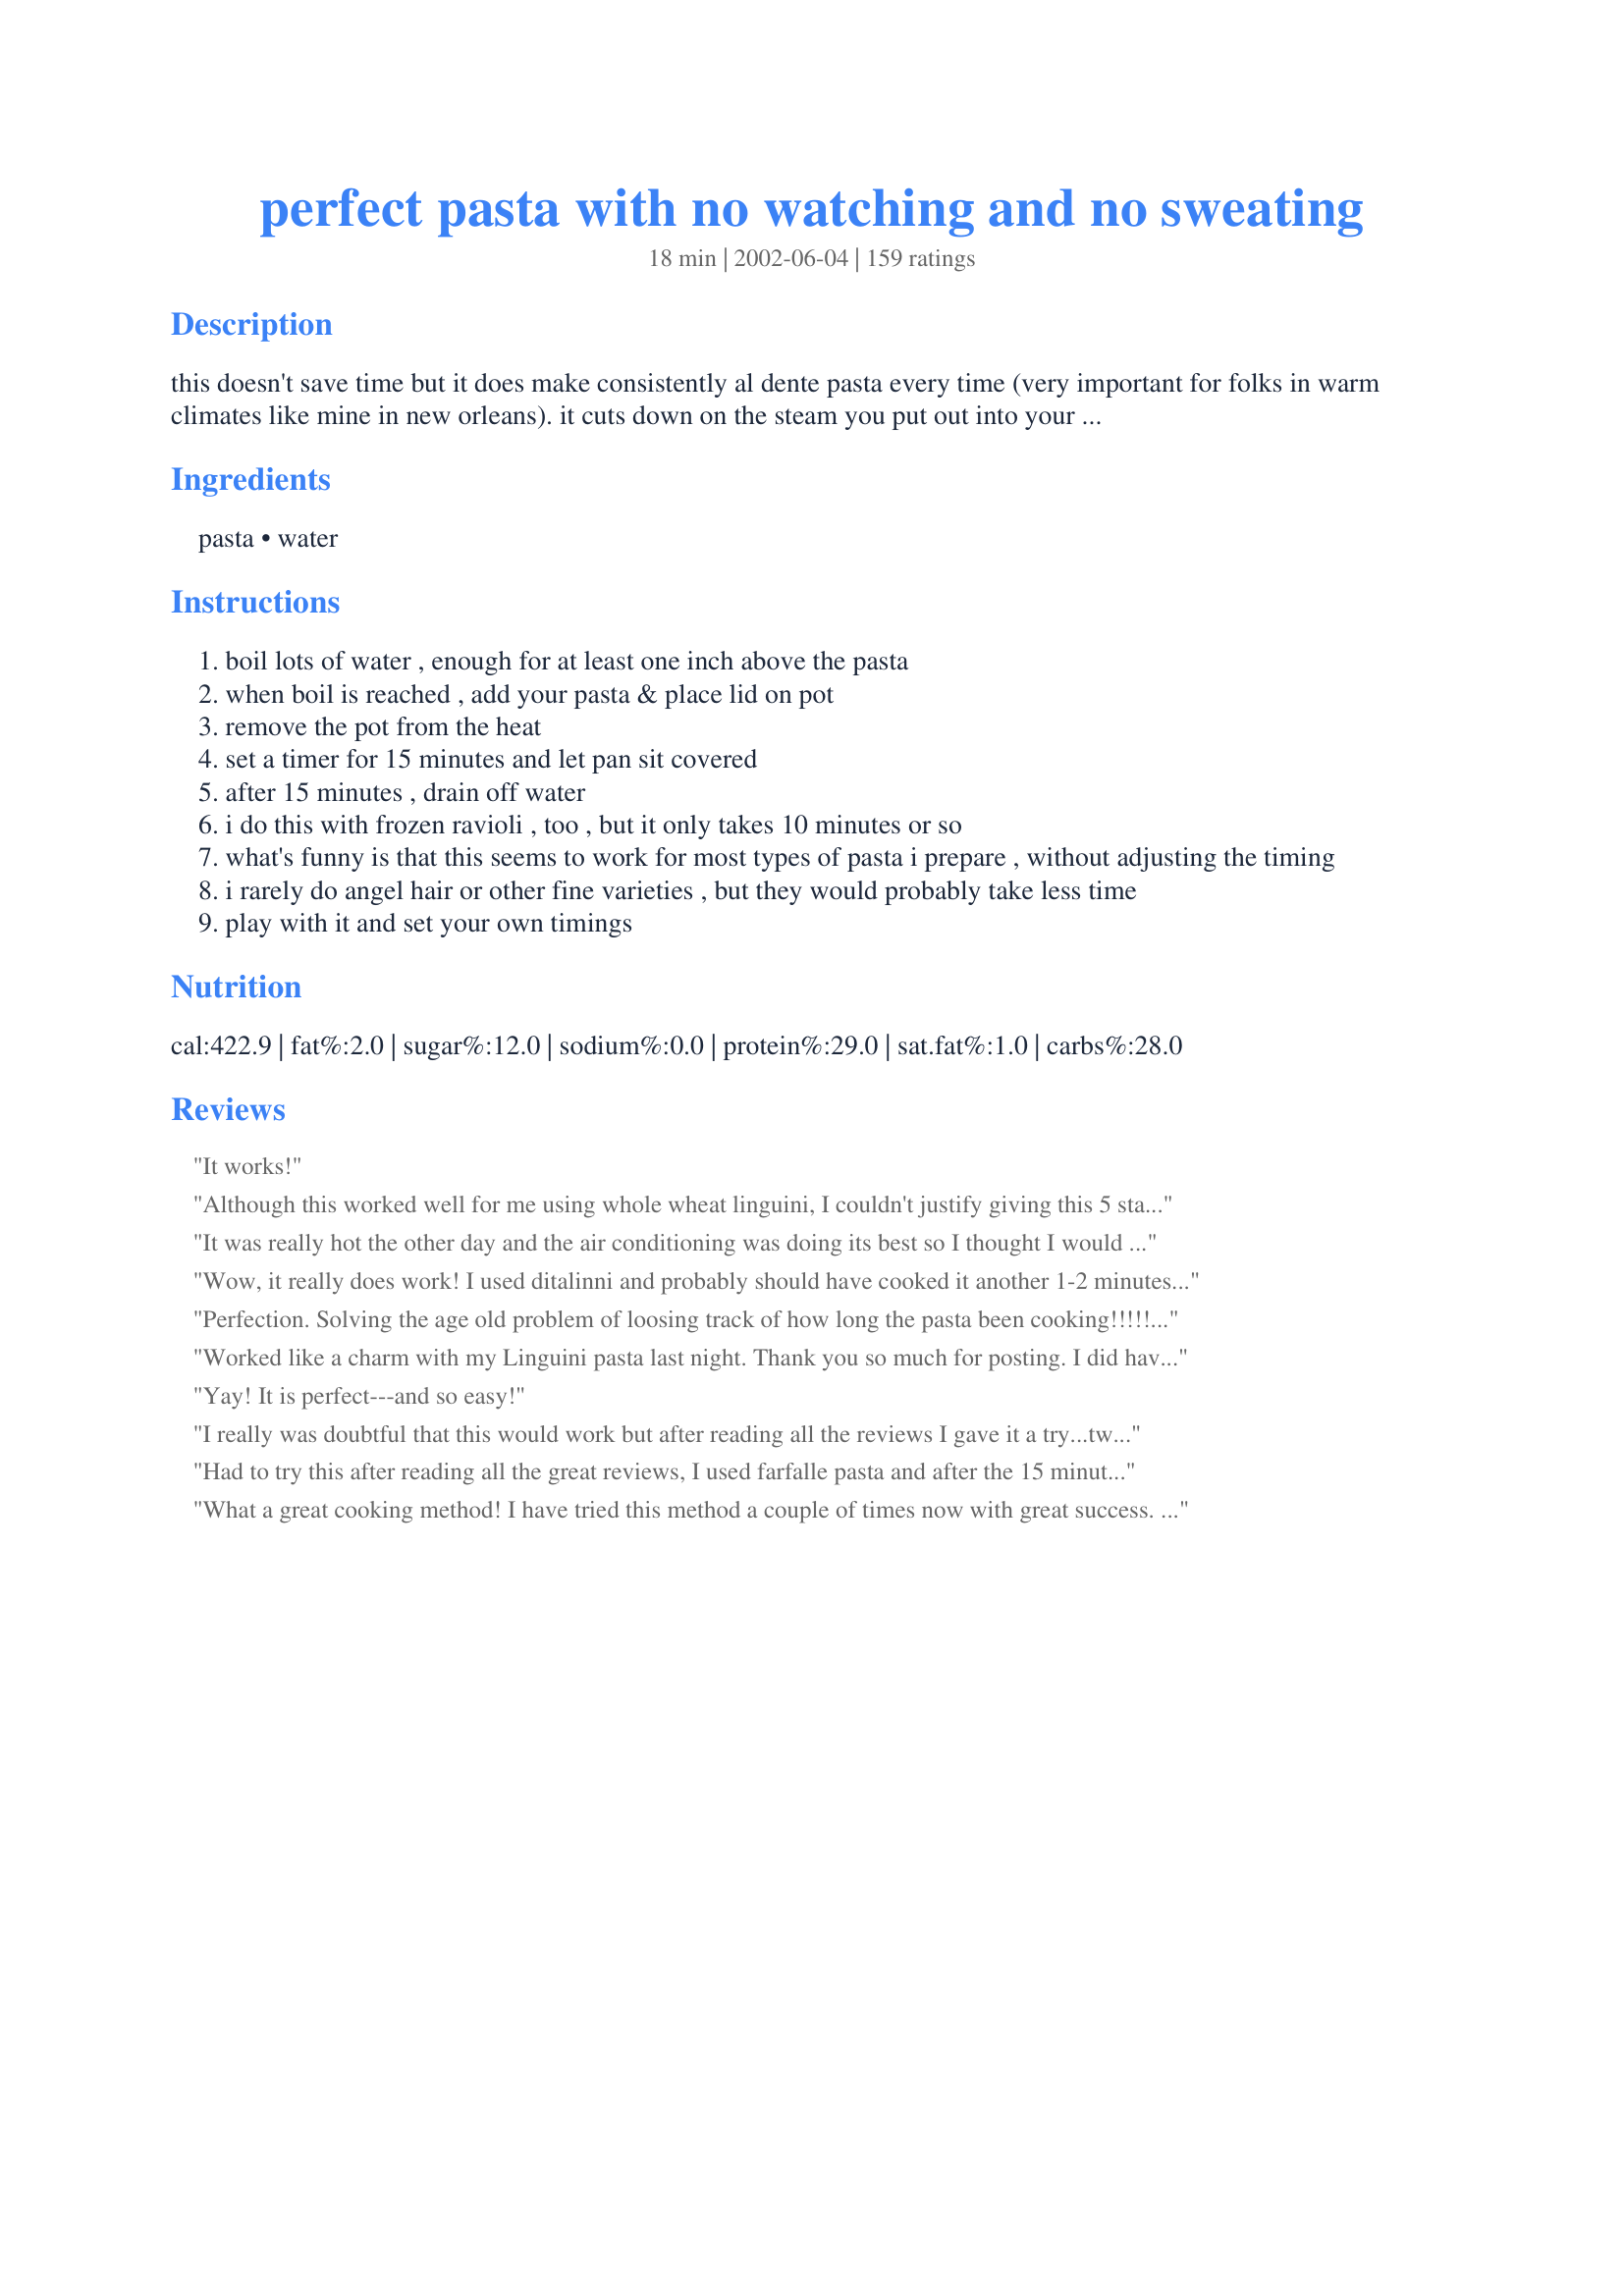
perfect pasta with no watching and no sweating
Preparation time: 18 minutes

this doesn't save time but it does make consistently al dente pasta every time (very important for folks in warm climates like mine in new orleans). it cuts down on the steam you put out into your kitchen.

Ingredients:
pasta, water

Steps:
boil lots of water , enough for at least one inch above the pasta
when boil is reached , add your pasta & place lid on pot
remove the pot from the heat
set a timer for 15 minutes and let pan sit covered
after 15 minutes , drain off water
i do this with frozen ravioli , too , but it only takes 10 minutes or so
what's funny is that this seems to work for most types of pasta i prepare , without adjusting the timing
i rarely do angel hair or other fine varieties , but they would probably take less time
play with it and set your own timings

Reviews:
It works!
Although this worked well for me using whole wheat linguini, I couldn't justify giving this 5 stars because it takes longer than boiling the pasta and doesn't really improve the taste at all. As far as I'm concerned, following the directions on the package works just as well if not better. Sorry!
It was really hot the other day and the air conditioning was doing its best so I thought I would give it a break and make my pasta this way. I used a whole wheat fortified rotini and this worked great. I forgot and left it on the burner just turned it off and it still worked out great. I will do this from now on. Thanks.
Wow, it really does work! I used ditalinni and probably should have cooked it another 1-2 minutes, but it's ok. I was a little confused at first with step 4 in the directions (and it seems I was the only one who was!) I guess I read it too literally and thought I had to drain the water immediately after setting the timer. In my opinion, I guess it should read 'Let sit for 15 minutes then drain water.' However, I am truly amazed that it didn't stick at all. This not only saves on sweating or watching, it also saves on energy!
Perfection. Solving the age old problem of loosing track of how long the pasta been cooking!!!!! You're a genius!
Worked like a charm with my Linguini pasta last night. Thank you so much for posting. I did have a hard time with this as my DH was SURE it would not work and kept opening the lid to check it - telling me "we've GOT to cook it more" Was he surprised when it came out perfect even with all his interuptions. Can't wait to do this again WITHOUT his help.
Yay! It is perfect---and so easy!
I really was doubtful that this would work but after reading all the reviews I gave it a try...twice...just to be sure the first try wasn't a fluke. Well, it wasn't a fluke. It does work and quite well. Both my spaghetti and rotini came out perfect. This will be a huge help to me when we are camping in our travel trailer. Space is limited so any time I can free up a burner it is a real positive. Not to mention helping to keep the trailer cooler on those hot summer days. I'll be passing this tip on to my fellow campers. Thank you Margaret3 for the great idea!
Had to try this after reading all the great reviews, I used farfalle pasta and after the 15 minutes had a perfect al dente pasta. Thank you for posting!
What a great cooking method! I have tried this method a couple of times now with great success. How nice to not have to worry about your pasta water boiling over while you are busy preparing the sauce. If you follow the directions exactly, your pasta will come out perfect.
Add my name to the list of skeptics that did not believe this would work until I tried it - perfect!! Even though heating up the kitchen is not really an issue here in Wisconsin, this method is still so much easier. I did plain old spaghetti and I didn't even have to stir it! Thanks for posting!!
What a great idea! I tried it twice. First with elbow macaroni and then with tiny shells which took less time to cook than 15 minutes about 7-8 minutes. I did add a little oil and salt to my water before adding the pasta and everything worked out fine. Sure will be nice to free up a burner on busy occations. Thank you.
Wonderful idea! I did this for Macaroni and Cheese for the Crock Pot. While I was waiting for the mac to be done I mixed up the cheese and sauce and had it in the pt in less than 15 minutes.
I needed a pound of macaroni for another recipe so thought I would give this a try. I used Dreamfield pasta and followed the recipe exactly. The pasta did cook up nicely but mine did stick some. I will be trying this with other pastas. This was such a time saver for me as I made the pasta, set it aside and made other things for dinner. When the timer went off, I was able to use the macaroni. I didn't have to sweat over the pot or stir it. I will be using this method in the future.
Great ,great, great, What more can I say LOL I have been doing rice this way for years but never thought to do pasta!! Tried egg noodles this way last night & yes...... It's the only way I'll be cooking pasta in the future. Thanks so much for posting.. :)
Why had I never thought of this before? Why have I never heard of this before? This is great. The only method I use now when cooking pasta! Thanks!
I thried this with angel hair whole wheat pasta for 10 minutes and it was perfect al dente.

Can't wait to try it with other types of pasta.
I LOVE This idea so much that I've had it in my 'Zaar cookbook for a couple of years now and just had to double-check on the time...well, and also to make sure that others are beneiting from this great help.

Thanks so much for posting it!
I have always cooked my angel hair pasta this way, but never thought about using this method for other types of pasta. Thanks for posting this. I will definately be trying it with other pastas.
Thank you so much for posting this terrific recipe. It truly is perfect pasta. This is the only method I use to cook pasta now. I have always cooked hard-boiled eggs using this method, adding salt to the water to make the eggs easier to peel (tip from a friend), and let them stand for 20 minutes to make sure they are done because I use large eggs. Wow, I cooked rice for making cabbage rolls with this method and it worked terrific! I measured 2 cups long grain raw rice (kind you usually cook 15 minutes), with 1 teaspoon salt, and 1 Tablespoon butter in a saucepan. Then I added 4 cups cold water, stirred, and brought it to a boil. Stirred again; covered with a tight-fitting lid. Removed from heat and allowed it to stand for 20 minutes. Uncovered it and allowed it to stand for five minutes. Fluffed it with a fork and placed it in a large mixing bowl with rest of cabbage roll ingredients. Terrific.
Wow! I was very skeptical this would produce edible pasta, but it does work. The only thing I found was that 15 min was too long for our tastes(pasta was too soft...). I checked it at 10-11 min and it was perfect for us. Thanks! Cooking pasta in Texas 100 degree heat is never something to look forward to. This helps alot.
I used this recipe to cook pasta shells. Worked like a charm! Thanks!
Margaret3...irrespective of how many other folk knew of this method...thank YOU sincerely for posting it here for those of us who have never heard of this ingenious approach.

Over the last few days I have been finding the heat nearly unbearable and not having to stand in front of a dementedly boiling pot of pasta was truly a wee slice of heaven.

Bless you.
Perfect!
This is such a great tip! I can do this while doing 6 other things, doesn't require babysitting, doesn't splatter, doesn't heat up the kitchen. The name says it all "perfect"!
thanks!
Update: I have since tried this method with pasta and I wouldn't go back to the old way again! Super easy, perfect every time!!!April 14/2009: This method could be applied when making soup. Once the soup is finished, I add the pasta and remove it from heat. It sits there (uncovered) and is cooked in about 10 minutes. Great idea!
WOW...with the heat index at 115 degrees here yesterday, I used the NEW method. Worked great on bow tie pasta!! I will never boil pasta the old way again!!! Thank you for posting!!! Amy
It doesn't get any easier than this. I tried this method tonight with spaghetti and it turned out perfect. 15 minutes was just right. I will be cooking all my pasta this way from now on. Thanks for sharing.
What a smart idea. ;)
I can't believe I'd never thought of this. LOL Awesome. Thanks Margaret3!
Go figure...this works great! I remembered reading this recipe earlier and decided to try it one night when I was running all over doing too many things at once. The pasta was done perfectly and I was able to finish other chores at the same time. Thanks a bunch!
So easy to do, thank you for sharing this.
Love it. :)
Great trick!! Pasta came out perfect...I will definately be using this method from now on.
THANK YOU for a wonderful idea. Works great!
Wonderful method. My pasta turned out perfect. I will be using this method from now on. Thanks for sharing.

Sorry forgot to give you a rating earliere (I'm new) but if I could I'd give you 6.
YES!! this does work..perfect pasta
going to try it on rice next.
FYI..If you need poached chicken do the same thing..let set for 1 hr.Thank You Margaret..
What a great idea I love this method of preparing noodles. Thanks for posting.
I tried this the other night with linguini and was less then impressed. I let it sit 15 mins as directed but pasta was still clumpy and not done in places. I expect it's a trial and error sort of thing and for all that, I might as well make pasta the way I usually do. Great idea though, just was a little disappointed it turned out iffy... hubby was skeptical it would even work and I only proved him right and I HATE it when that happens! ;-)
I'm shocked and amazed. This really works! We had the best spaghetti noodles we have ever made. I have already shared this with 2 people and intend to share it with as many others as I can. I worried about the bottom of the pot, but there was absolutely no sticking. We will use this with other pastas, after we figure out how long thicker pastas take. Thanks for the amazing tip! By the way, I had the spaghetti leftovers the next day, and they warmed up fabulously! They didn't get at all dry or sticky and were just as good as the night before.

I also tried this with a box of Velveeta Shells and Cheese. It worked perfectly again - and it was so nice to not have to watch that pot! I'm always boiling things over and didn't want to do that on our new stove - I'm glad I tried it and I will do this every time!
I finally remembered your recipe.Tried it with Fettuccini for 3 and it came out PERFECT.
Thanks for showing me a new way to cook pasta.
Sge/Rita
This changes everything. I'm going to share this on FB because more people need to know about this - will link to your recipe as well ;) What an excellent GREEN tip!! LOVE IT!!
Wow, what a great recipe! My kitchen gets so hot and we really do enjoy our pasta so this method for us is awesome. Thank you for posting.
Tried this for my spaghetti dinner tonight. Wow, I don't have to worry about the pasta boiling over and then trying to clean off my glass stove top. Thanks for posting.
During college I cooked in a small Italian cafe right by campus, and this is exactly the same method that we used at the restaurant. I have been cooking by pasta this way ever since. It simply never lets me down!
This worked fantastically!
Awesome! This is the only way I'll make pasta now! As I generally use chunky whole wheat or whole grain pasta, I let it sit for 20 minutes rather than 15, and it worked out perfect. Not only did it not require watching, stirring or steam up the kitchen, the pot didn't need any scrubbing, either! Thank you SO much for posting this gem!
Another convert here...
Awesome,didn't really think it would work but its great-the best.
Whoo hoo! I tried this with whole wheat lasagna noodles--to make a nice lasagna for hubby. This worked GREAT and THANK U for the specific directions. It took 10 minutes to cook them & hubby had no complaints about the texture so I was a happy camper. Thanks so much again!!
I'm *Impressed*. I really had my doubts, but Roxanne's photo and review convinced me to give it a try. I'm certainly glad I did. I used Gemelli pasta, and it was perfectly al-dente in 15 minutes. Every noodle was picture perfect. No breaking, no sticking to the pot, so nothing but perfection. This is the ONLY way I'll cook pasta from now on. Thanks so much for sharing.
I gave this a try this weekend, more from curiosity than from a need to eat pasta. I used pasta twists, and I felt they needed a bit more than the 15 minutes. I'll try this again, experimenting with the timing. I suppose each shape and size works a bit differently.
I have tried this now with different kinds of pasta, even filled pasta- still works great! The only way I cook pasta now :)
Great energy saver!
I`am shocked like every one else that has tried this - its a great method I`ll never forget :O) You can also do this for hard boiled eggs :O) ~Poker~
This really does work! I used this with with 8 ounces dry rotini and it came out PERFECT! Margaret u have no idea how much you've simplified my cooking like! THANK U!
I love this method for cooking pasta. It reminds me of the Pasta Express but much better because the pasta has more room. I do add a little olive oil to the water to keep the pasta from sticking. As another review stated, it's also a great way to make boiled eggs. Thanks for posting this tip!
It Works! It Works! Doing happy dance.! *SMILES*
Nothing to change about this. Tryed and True.
Thank You
WOW this is great news.I live on a boat and avoided cooking pasta due to the huge amount of humidity it added to the air,and windows, and curtains,now I can have pasta anytime I want.Thank you
This is genius!
Much more easier and my pasta came out wonderful.
I have been using this for over a year now and it works for every pasta I've ever tried, whole wheat included. It also frees up a burner which could be great! I do stir my pasta when I pour it in just to try to avoid any sticking on the bottom.
This works great. I was a little unsure if they would cook as I thought the water would go cold and they would still be hard but I did as instructed and after 15 min they were cooked just right! I finally found a way to cook spaghetti without overcooking thank you so much! It also saves on electricity and water overboiling on my stove!
It works!! Thanks for making my life a little easier :D
I love this! I was a bit too eager and probably should've left the pasta have an extra minute or two since it was a little thicker (I'll be more patient next time!) but I love how easy this was. I especially loved that I didn't have to constantly check on it as well. I don't think I'll go back to the old way again!
Wonderful cooking method. Works everytime! Have been using this recipe for several years and have not thought about rating it until I made it again today, using egg noodles, to go with recipe#34499. I love that you can just set the timer after you add the pasta, forget about it, and have it come out perfect. Thanks, Margaret3, for posting
Used this method for linguine last night and it worked perfectly. I salted the water after it come to a boil
WOW! This is the best thing since sliced bread! :-) It's the most amazing thing I have seen. THANX!!!!!
I didn't believe that this would work but tried it anyway as I get tired of always trying to make the pasta perfect! It was perfect! I have now tried it with various types of pasta and it works beautifully every single time. This is a hit!

This is how I always do my pasta. It makes it perfect! Thanks!
This was PERFECT Thanks so much for sharing
This is great. All new cooks (& old as well) take heed to this recipe; it works. I was skeptical at first but now I use this method all the time. It saves from having to stand over the pot and watch it plus it does not steam up the kitchen. Thanks Bergy for the recipe.
Works like a charm! I've had trouble cooking pasta just right in the past, but not anymore. Thanks so much for posting this gem. :)
I WILL NEVER BOIL PASTA AGAIN!! Thank you...Thank you! This was amazing....perfect pasta!! You Rock :) Update-I just used this technique for my son's Ramen noodles, and OMG they turned out perfect after just 10 minutes.
Works perfectly! Thanks for this awesome way of cooking pasta!
Excellent! Perfect Pasta everytime! Just make sure you don't forget to drain it at your 15 minute mark...I ignored my timer and ended up with limp pasta!
works beautifully, thanks for the time saving tip
I got nervous when I lifted the lid and saw the batch of angel hair grouped together. I thought they hadn't cooked properly or were sticky, but nope! They separated when the water was disturbed and had cooked perfectly. Thanks so much for posting this cooking method!
I tagged this recipe months ago but always forgot about it when it came time to make some pasta. Finally, I had a chance to try this technique out so I could make Recipe #39087. I ended up using angel hair pasta since that was all I had in the house. I let the pasta sit in the pot for 4 mintues and it turned out perfectly. I can't wait to try it again with different types of pasta. I had no problem with it sticking at all... this would be great in the summer months when it gets quite hot and humid here in Atlanta! Thanks for a great tip!
I was VERY skeptical, but this really Works!! I tried this during the summer when I didn't want water boiling in my kitchen. I'll never cook pasta another way again. So simple. Watch the timer, even this method can produce mushy pasta if left too long. Thanks for an energy saving, temperature saving technique.
I didn't believe it! I had to try it myself! This is unbelievable -- works every time and the texture of the pasta comes out PERFECT. 

No more standing over the stove for 15 minutes, stirring, checking, stirring, checking...Thank you!
Another convert here, and being from South Florida, it's the only way I will make pasta again. I made linguine and it was perfectly cooked.
This worked well! I will def use this during the summer months when I don't want the heat from the stove. Could have really used this in our old house -- I couldn't cooking anything in the oven or stovetop there during the summer months :) Thanks!
A breeze. Awesome idea.
It works!!! How nice not to have to watch it... and have another burner available.
Make me #51, please... I found this recipe because I went in search of pasta sauces and found Margaret3's fantastic sauce #30158 (thank you Margaret3, last night's supper was totally on you). Anyway, this method is so great that I forgot about the pot of noodles for at least 5 minutes after the timer went (tending to other things)..and it was still no less than perfect!
It Works! I used this method to cook wide egg noodles tonight. I have to admit I was pleasently surprised, having been just as skeptical as others who tried it. You might have to tweak the time a little bit depending on pasta size and altitude, but it will be well worth the convience. It was 112°F today in Phoenix, but not in my kitchen. *^-^*
This is the only way I cook pasta now. Turns out great everytime!! Yea, no more clumps of pasta that didn't cook evenly.
The benefit is not just cutting down the heat in the kitchen, it turns out great pasta!
I tried this with a pound of fettucine and it was perfectly cooked. What a great tip. Thanks for sharing.
I used this with Fettuccini for three persons and it was perfectly cooked, added sundried tomatoe pesto sauce right after I drained the pasta into the pot put the lid back on and presto perfect pasta no muss no fuss - of course I added some parmesan when serving. Thanks Margaret for a real no watch recipe that works
This was such a neat idea and worked very well. I'll be using this method often for cooking pasta. Thanks!
I don't believe this. When I first tasted the pasta I thought it was not cooked. I then realized I've always overcooked pasta and was now enjoying it the way it should be!! I'm sold and this is how I'll always cook pasta now. Thank you very much Margaret3.
I saw this on here one day and thought I'd try it. I like the fact you don't have to keep stirring it. I used penne pasta and agree with Ransomed by Fire -- next time (and this will be the only way I cook pasta anymore) I'll try it for 10 minutes. Mine was a little more cooked than we like it. All in all, I love this idea!
WOW ! ! This recipe just saved me $19.99 + shipping. I was ready to buy the "Pasta Express" on T.V. when I saw this way of preparing noodles. I did spaghetti Friday and it was EXCELLENT! It works the same way the T.V. gadget does!!! and didn't cost me a penny!! Thank you soooo much for this. Carolyn H
I've made pasta this way and yes, it does work! :) We also have to make our rice in this manner because we have a gas stove - otherwise the rice burns.
Absolutely GENIOUS! I tried this tonight with Barilla Thick Spaghetti. I left in in a couple minutes longer, since it was thick style. Just PERFECT! I will never have a mushy forgotten pot of pasta again. Thank you Thank you Thank you.
Wonderful. This worked great! It was so easy. Thanks for posting!
This is more of a technique than a recipe. It worked perfectly on wholewheat penne pasta. This is how I'll be cooking my pasta from now on. Thanks for this cooking tip.
I've been cooking pasta this way for years, having found the tip in a column on ways of saving energy. Just fyi, I allow 5 minutes for angel hair. If you like it al dente, probably 4 minutes would be better.
Holy macaroni! It works! I have used this with elbow macaroni and regular spaghetti. I added a tb of oil cause I thought it might stick. I couldn't help but peek after ten minutes... and it was sticking a little. I just stirred a bit and it separated into strands. Returned the lid and let steam for 5 more minutes. Perfect.
Worked Great! I cooked Angel Hair Pasta and let it sit for 10 minutes. Thanks for the simple idea.
Ok, this is the BEST way to cook pasta. I hate standing over the pot. This is great, I will never watch that pot full off pasta boil again!
Thank you! Thank you! :)
Tried this last night with thin spaghetti! Came out perfect! I was babysitting a 2 year old who wanted to be outside instead of inside, and we were able to do that! Just listened for the timer to go off and said TIME TO EAT! Little one kept saying....Yum....Good! :)
I decided to try this method a few times with different kinds of pasta before writing a review. First time I used spaghetti noodles and they came out perfect. I was shocked! Second time, linguine noodles. These stuck together resulting in some uncooked parts. Third time, used pasta shells which came out perfect. In conclusion, I think this is a very solid recipe, but if you plan to use long noodles, make sure to stir them well before covering them. I think that's the only reason why my linguine noodles didn't turn out so well since I did stir the spaghetti and not the linguine, and should be listed as a step in the recipe itself.
Tried this last night and my penne pasta turned out perfect. I shared the recipe with my daughter and she was delighted as she said her pasta always gets mushy. Thanks.
20 minutes is perfect for whole grain pasta and hard boiled eggs!!! Been doing it this way for YEARS now!!!
I was very wary of this method until I tried it and it worked beautifully. I used a large amount of regular long spaghetti and I followed the directions to a T. Perfectly al dente pasta. And, as a bonus, my kitchen was not blazing hot after cooking it. Yipee!!!
Amazing! This is the only way I will make pasta from now on! Thanks!
Unbelievable ! I've used this method many times since reading about it here and have even taught my 13 yr. old son how easy it is to make his favorite meal.
Thank you Margaret !
Just did this with Wegmans brand rotini's. It cooked up great, but it has a pasty texture when you chew it. Maybe it was just the pasta i used. I am planning on trying it with a brand name linguini next and will report.
Your right...my pasta came out PERFECT! It was so nice not having all of that rolling steam in the kitchen on this hot summer day! Thanks for the GREAT tip!
I have been cooking pasta like this for a couple of years now, ever since I saw this recipe and have neglected to submit a review! Shame on me! LOL! I have cooked spaghetti, egg noodles, and elbow macaroni using these instructions and it is amazing how it works! Perfect everytime! My mom still has a hard time believing me LOL! I encourage anyone to try this. I don't think you will be disappointed! I will continue to use this method and thanks so much for posting, Margaret3!
I have cooked my boiled eggs like this for years and never thought to try it with pasta. Thanks for posting Margaret3, can't wait to try it!
OUTSTANDING! THANK YOU for this technique. I'm always forgetting the pasta boiling away at the back of the stove and it's ends up way overdone. With this method it was perfect!
This is how I make my pasta every time. I find the time does vary depending on the type of pasta being made (egg noodles only take about 7 minutes). My husband doesn't like this method for hollow pasta - he thinks too much water gets left inside the noodles. For spaghetti and other long noodles it is the ONLY way I make it now.
perfect recipe !! i tried macronis too just takes 10 min n even noodles too in just 10 min thank u !!
Cool! Thanks for a great idea:) I made 6 oz of spagetti at 12 minutes and it was perfect. I will use this alot now so I can spend time making sauces.
My mom taught me something similar when I was learning to cook. We bring water to a boil, add salt & pasta. When water comes back to a boil, cover, turn off burner & leave pan on burner. Set timer for 10 min.
It's not like you need another review, but here goes-- Great! Easy, no boiling pot to watch, just set the timer and go on about the business of preparation with the rest of the meal. I used whole grain pasta noodles and they turned out wonderfully. I will use this way to prepare pasta from now on. Thanks so much for teaching this old dog a new trick!!
I love this method...the only way I will cook pasta from now on!
I decided to try this when entertaining family, but figured if it didn't work I could always cook up some more pasta. I used whole wheat thin spaghetti and went for it. I set the timer for the time recommended on the box and it worked perfect. It was a dream not to have water running down the walls and not having to worry about it over boiling, etc. Same theory as the "seen on tv" pasta cooking containers - no need to buy those!
I tried this last night using low carb (Dreamfield's) pasta elbows, and it worked great! I let the water boil, added the pasta, and removed from the heat. I stirred briskly, then let it sit for 15 minutes. Perfect pasta! This will come in handy when I'm cooking many things at once; once the water is boiled and the pot is removed from the burner, it frees up space to cook other items. Thanks, Margaret3!
This worked great with spaghetti. Thanks for sharing.
This REALLY works. Enough said. :)
This is great! I've always cooked hardboiled eggs this way. (less "bouncing around" and fewer "cracked eggs") Now I'll have to try this method with rice. Many thanks!
Clearly I'm way behind on my reviews. I've been using this technique for probably a year or more. I've also taught others to do it as well. Makes things so much easier. No more boil-overs! I do adjust the time depending on the thickness of the pasta.
I have used this method 4 times now... on Spaghettini, Linguine, Penne, and Mostaccioli and it works like a dream EVERY time! With the Mostaccioli it did appear that it was stuck together when I took the lid off, but after draining and stirring, it was not stuck a bit. I will never cook pasta any other way!!!
Will do it this way from now on! Thank you!
I have to admit I was a bit skeptical about cooking pasta this way. Gave it a try tonight (used rotelle pasta), and they came out perfect, without watching the pot! Thanks for the tip.
Works great! Thank you!
Thanks for the great idea!! I made spaghetti using this method. It came out perfect. I was worried it would stick together--NOT! It was just great, freed up a burner, and NO steam in the kitchen! How in the world did you discover this??
Thanks a lot, will always do it this way!! :-)
Wow is this ever easy - and it works to!! I found that the 15 minutes was perfect for spaghetti but I had to leave me penne pasta in for about 4 minutes longer. I also added a bit of olive oil to the water so that the pasta wouldn't stick together. This is a great idea - thank's for sharing!!
I used spaghettini and 15 minutes, not sure if there's a difference between that and regular spaghetti but it turned out so soft but chewy, that perfect texture...what a great idea!!
I used my microwave to boil my water. I don't know why this seems easier. I have made pasta twice in the last week.
Wow, I am Amazed!!! I will never make pasta any other way!!! I used whole wheat rotini pasta and it turned out perfect!!! Thanks so much!!!
It's perfect pasta, what else can I say that hasn't already been said? I made penne and thought it would stick or clump, it didn't! A great way to cook pasta without salt or fat. I always hard boil eggs this way and after reading the other reviews, will try rice with the same method. Thanks so much, Margaret3!
Great way to cook pasta. I was always looking for the packet to see how long to cook - now it doesn't matter with this method I can do each type for the same amount of time. It might not be quicker but it sure is simple and it works so well. Thanks Margaret.
Brilliant! Such a great tip, thanks for posting.
This is soooo awesome! It's GREAT when you only have four burners and everybody wants something else.
My husband is very picky about his pasta and this cooks it to a perfect al dente. No more complaining! YAY
I have made my pasta this way for decades. I believe I first learned about it when I was cooking part-time in an Italian restaurant when I was in college. I do add about a teaspoon of olive oil to the boiling water to help prevent any clumping, even when cold.

Completely unrelated but this is how I cook corn on the cob also -- with NO salt in the water but a teaspoon of sugar instead.
To Margaret 3.. from Thelma Louise

This was a really great idea. It worked perfectly. Thanks so much. I live in Florida and we sure don't need any more humidity put in the house. This saves a lot. I will pass this on to others. Thanks again
Tried this with bow tie pasta. Turned out great. Thanks for the tip.
This is an amazing way to make pasta! No more boilovers to clean up... Just sit back and relax as the pasta practically makes itself. I prepare pasta every time this way now.
Great Tip! I made some Spaghetti last night using this method, and they turned out just perfect. I will always cook my pasta this way from now on. Thanks for posting this.
Add me to the list of 5 star reviewers. I used this method tonight with Pipette pasta and it turned out perfectly. I've always stood by the pot while it was cooking to either stir or watch the pasta. I love that I don't have to stand by the pot to watch out for it to boil over. The fact that this method doesn't require salt is a big plus in my opinion. Thank you so much for sharing this recipe! I'll be using this method from now on!
I can't tell you how perfect my pasta is right now!!! I cooked 3 pounds of ziti rigati and it came out perfect in 15 minutes. This not only saves from overcooking but it saves money on electric or gas because you turn off the stovetop!! I am greatful you posted this and so many reviews helped bring it to my attention so here's one more!!
AWESOME!!
Great tip! I have tried this with thin spaghetti and elbow macaroni and it works. I usually boil my pasta for 5-10 min. then add the lid and remove from heat. I let it sit for about 5-10 more min. and it turns out perfect every time. I do not like al dente cooked pasta so I usually end up over boiling it trying to get it done all the way. Not anymore, Thank you!!
It worked great. I saw an ad on TV for a set of plastic containers to add boiling water to and then add pasta or veggies and seal tight. Now I can do at home without spending the $29.99 + s/h!!! For those who didn't have good results, suggest to check that your pan is in good shape and that the lid fits snugly.
How to cook pasta should not be listed as a low-carb recipe. Pasta is carb central!
Well, there's not much more I can add to all these wonderful review! It's hard to believe how perfect the pasta comes out! I used penne pasta and let it sit for 15 minutes and it was perfect! Now I don't have to listen to the smoke alarm go off every time I cook pasta! Thanks for sharing this great recipe.
Hey this also work's for hard-boiled egg's.......when the water comes to a boil take off the stove put the lid on and wait 15 minute's, perfect HARD-BOILED EGG'S EVERY TIME... DEBDEBZ
I tried this tonight with macaroni, and it didn't work so well. It worked okay, but the macaroni ended up a little overcooked. I think it should've only cooked maybe ten minutes. I'll keep this recipe around and experiment with it like you suggested. For anyone who wants to use this for macaroni, I'd suggest you use a shorter time, and let me know if anyone finds a good cook time for macaroni using this method before I do.
Absolutely perfect - works like a charm!
I just tried this with macaroni. It turned out great. I will be cooking my macaroni this way from now on. Thanks for such an easy way of cooking macaroni - with no boiling over.
Wow when I saw this recipe I really had doubts that it would work, but it did work. I really was impressed with this recipe and I will be using it lots more. Thanks Margaret3....
This is an awesome way of making pasta & you are right, it is perfect every time. After I partially drain the pasta, I pour it back in the same pot and add a bit of Olive oil infused garlic to it & leave it on the stove on low heat, till the other dinner ingredients get ready. Thank you so much for sharing.
Ferryal
What a great idea! This will be helpful this summer to cut down on some of the heat during cooking. I "cooked" egg noodles using this method for 12 minutes and they were great.
